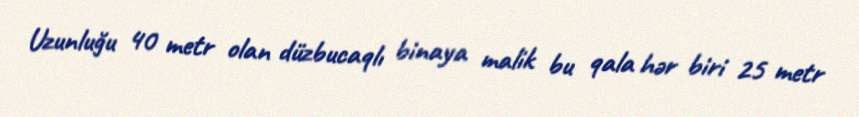
Uzunluğu 40 metr olan düzbucaqlı binaya malik bu qala hər biri 25 metr